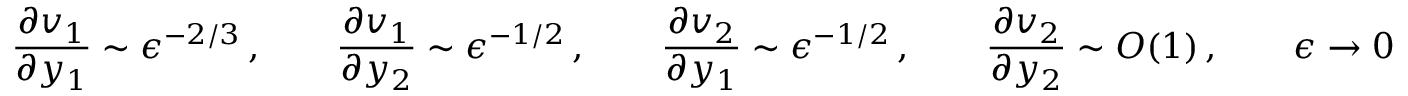
\frac { \partial v _ { 1 } } { \partial y _ { 1 } } \sim \epsilon ^ { - 2 / 3 } \, , \qquad \frac { \partial v _ { 1 } } { \partial y _ { 2 } } \sim \epsilon ^ { - 1 / 2 } \, , \qquad \frac { \partial v _ { 2 } } { \partial y _ { 1 } } \sim \epsilon ^ { - 1 / 2 } \, , \qquad \frac { \partial v _ { 2 } } { \partial y _ { 2 } } \sim O ( 1 ) \, , \qquad \epsilon \to 0